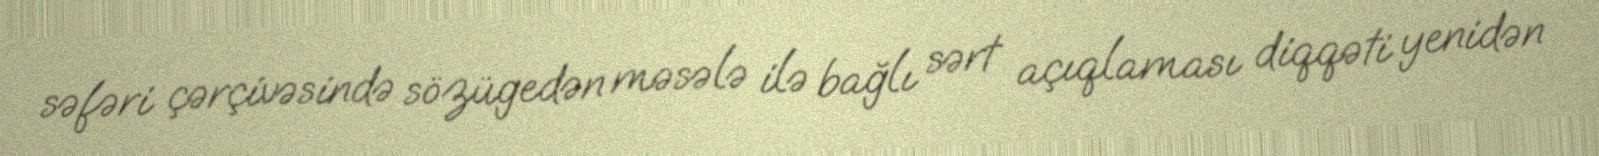
səfəri çərçivəsində sözügedən məsələ ilə bağlı sərt açıqlaması diqqəti yenidən